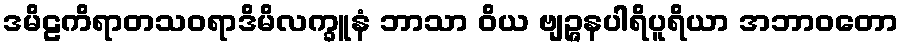
ဒမိဠကိရာတသဝရာဒိမိလက္ခူနံ ဘာသာ ဝိယ ဗျဉ္ဇနပါရိပူရိယာ အဘာဝတော